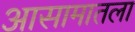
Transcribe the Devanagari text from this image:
आसामातला